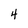
Character: 4